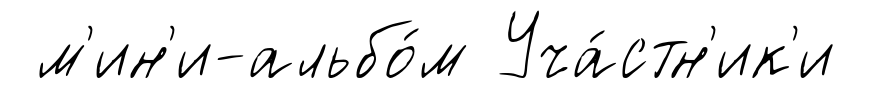
м'ин'и-альбо́м Уча́стн'ик'и